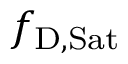
f _ { \mathrm { { D , S a t } } }